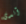
آندى